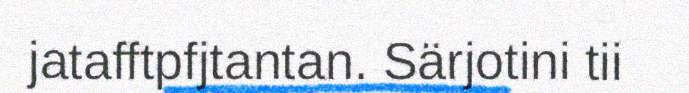
jatafftpfjtantan. Särjotini tii